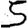
Digit: 5